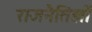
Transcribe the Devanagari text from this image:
राजनैतिज्ञों